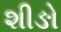
શીઙો